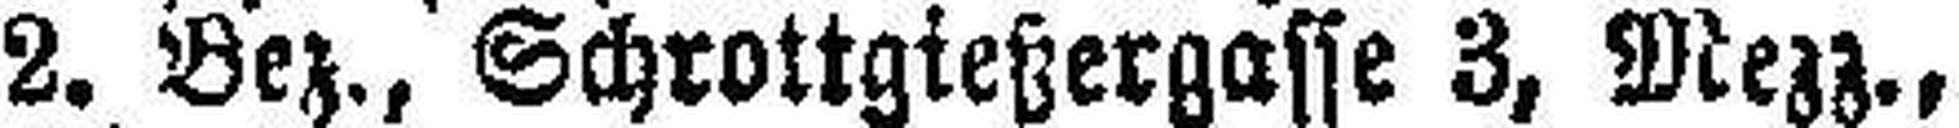
2. Bez., Schrottgießergasse 3, Mezz.,